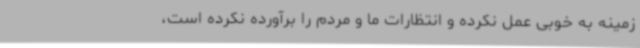
زمینه به خوبی عمل نکرده و انتظارات ما و مردم را برآورده نکرده است،